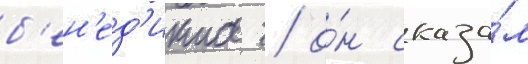
б'ен'ед'икта / о́н сказа́л